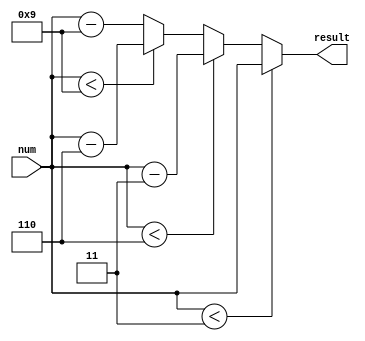
// Bartosz Szpila
// 28.10.2021
// Checks if number (in BCD format) is divisable by 3, synchronously

module rem_3(input [4:0] num, output [4:0] result);
    assign result = num < 5'h03 ? num     :
                    num < 5'h06 ? num - 3 :
                    num < 5'h09 ? num - 6 :
                    num - 9;
endmodule

module div_3(input [4:0] num, input clk, en, rst, output divisable);
    reg [4:0] segment;
    wire [4:0] reminder;

    rem_3 rem1(.num(segment + num), .result(reminder));
    always @(posedge clk or posedge rst)
    begin
        segment <= rst == 1 ? 0 :
                   en  == 1 ? reminder :
                   segment;
    end

    assign divisable = (segment == 0);
endmodule